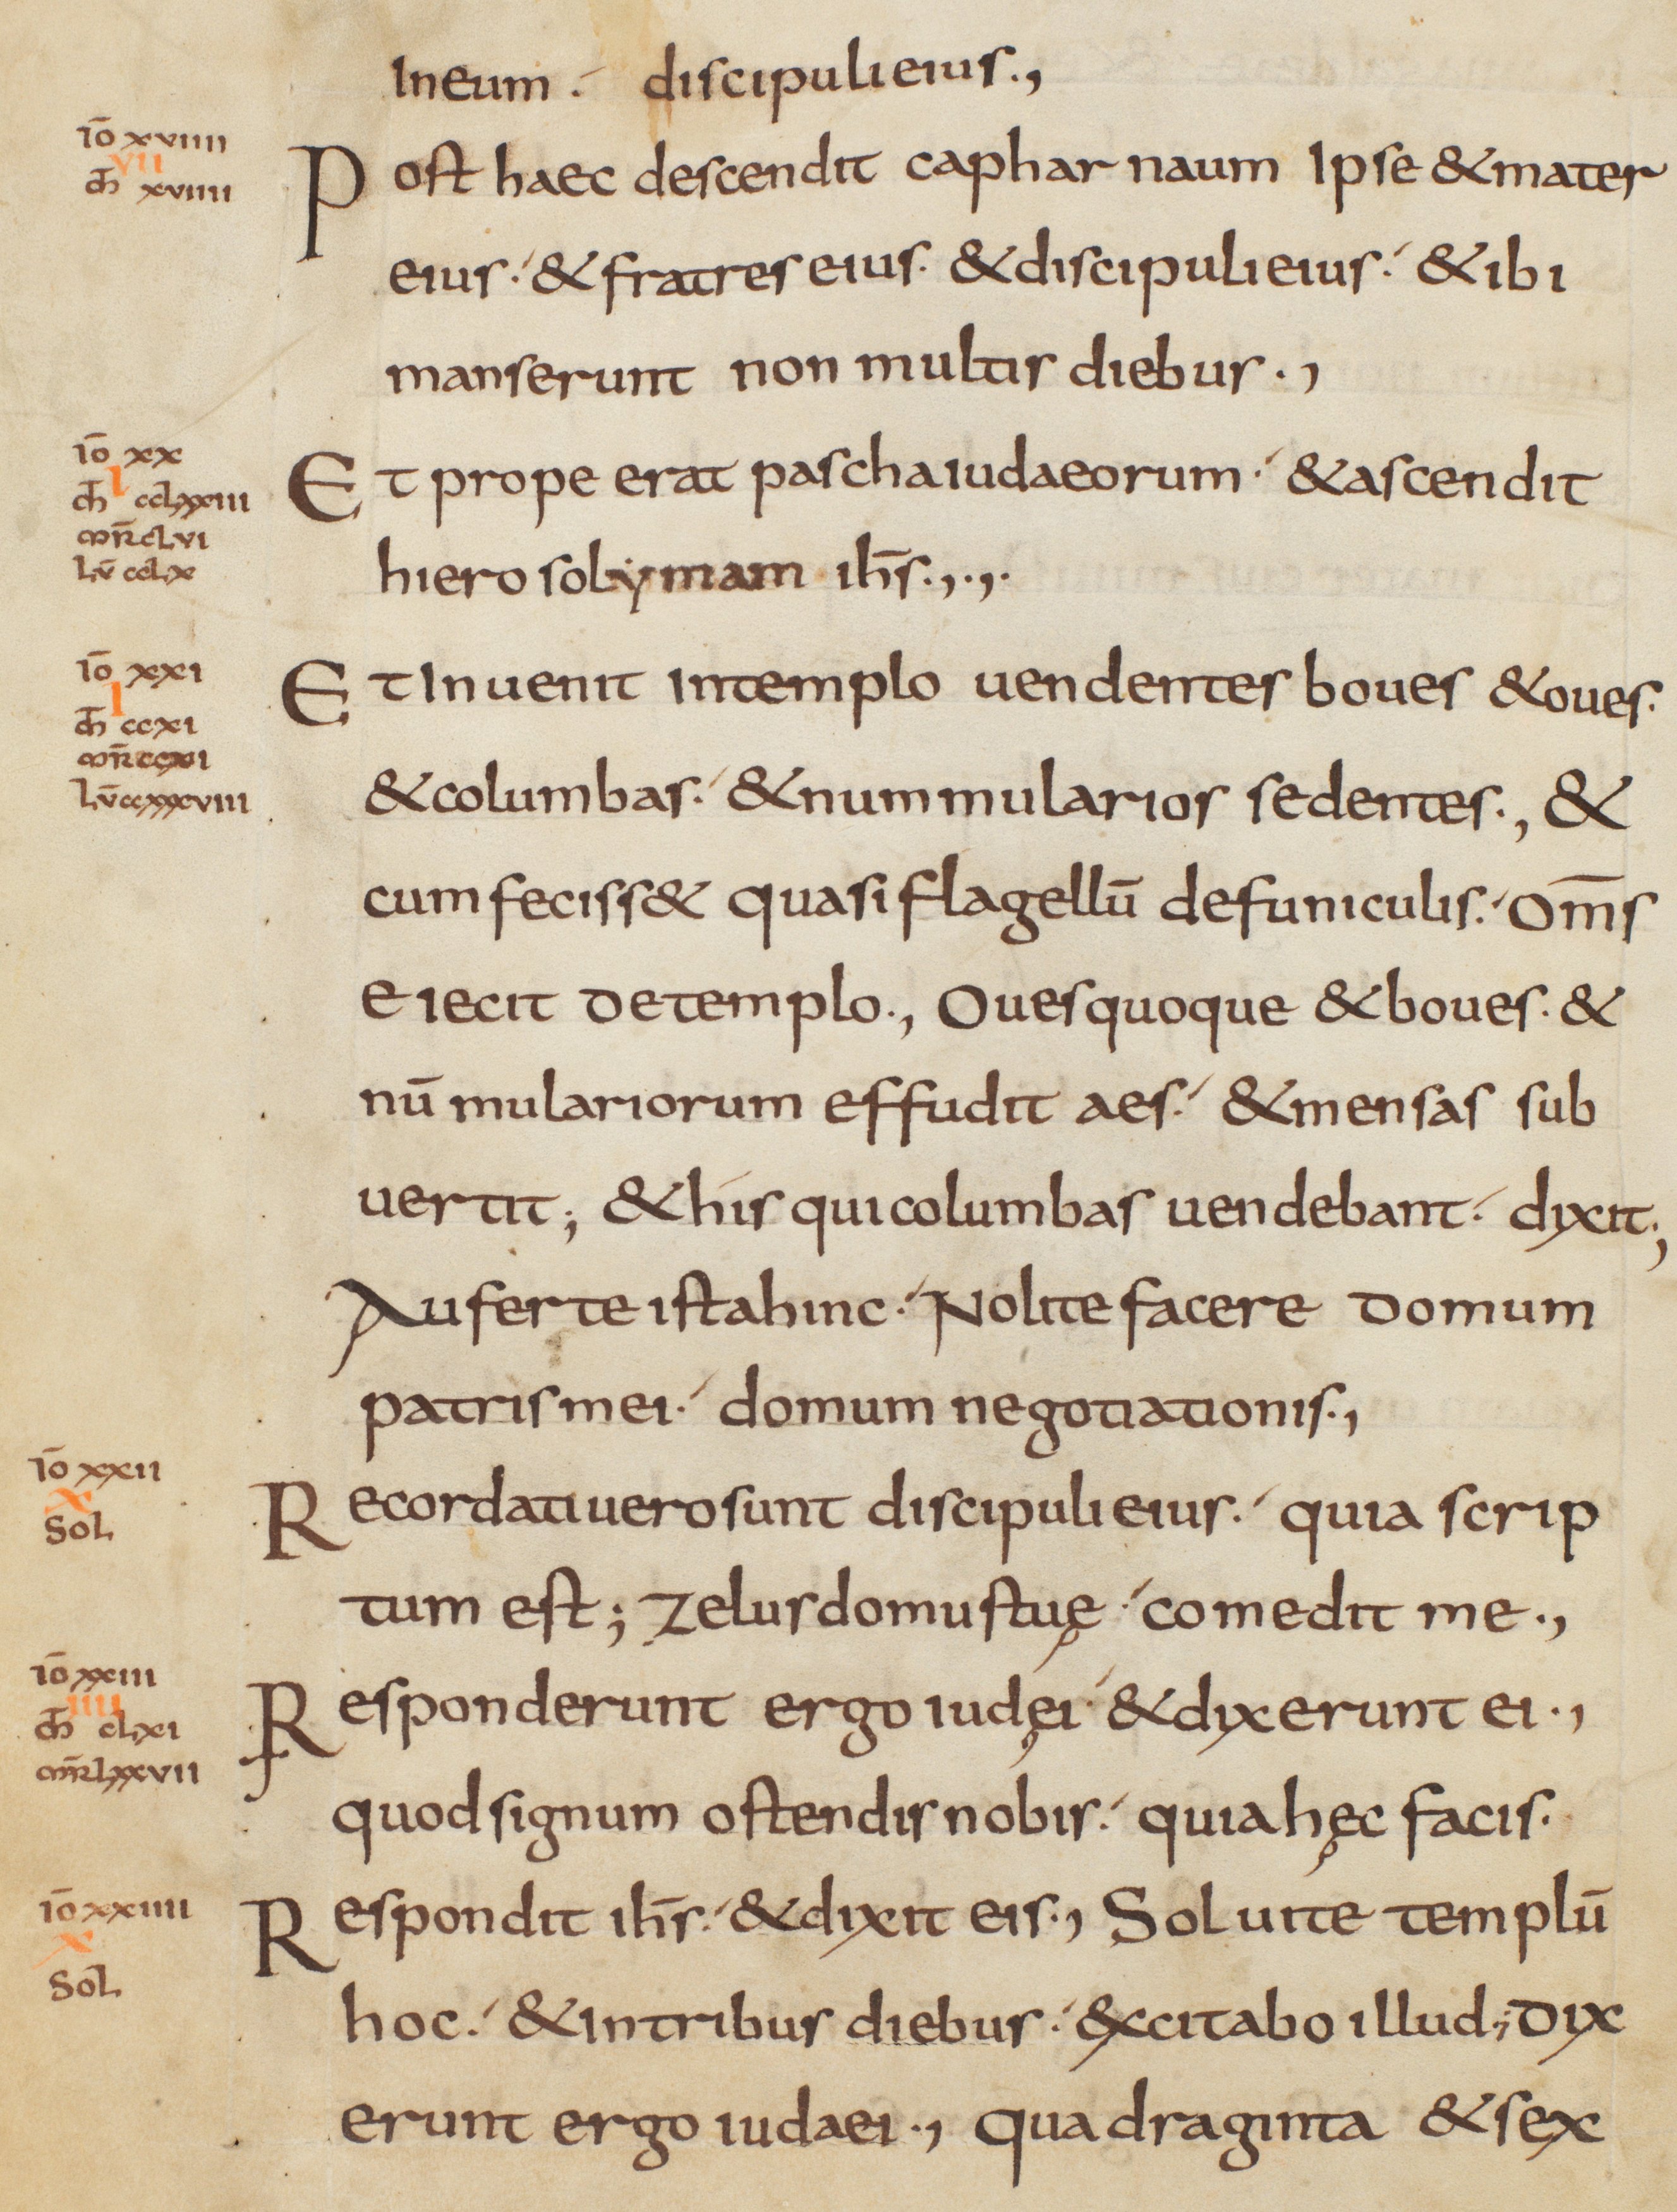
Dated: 825–849